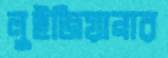
লুইজিয়ানার